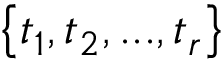
\big \{ t _ { 1 } , t _ { 2 } , . . . , t _ { r } \big \}